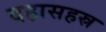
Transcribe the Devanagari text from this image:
दहासहस्र